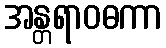
အန္တရာဝဓကာ